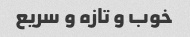
خوب و تازه و سریع